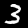
Digit: 3